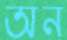
অন